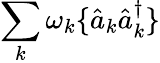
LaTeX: \sum_{k}\omega_{k}\{ \hat{a}_{k}\hat{a}_{k}^{\dagger}\}